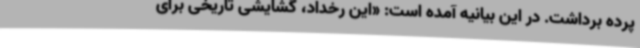
پرده برداشت. در این بیانیه آمده است: «این رخداد، گشایشی تاریخی برای